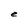
Character: e